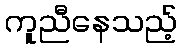
ကူညီနေသည့်